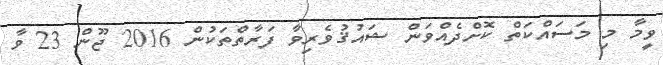
ވީމާ މި މަސައްކަތް ކޮށްދެއްވަން ޝައުޤުވެރިވާ ފަރާތްތަކުން 2016 ޖޫން 23 ވާ